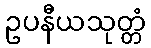
ဥပနီယသုတ္တံ